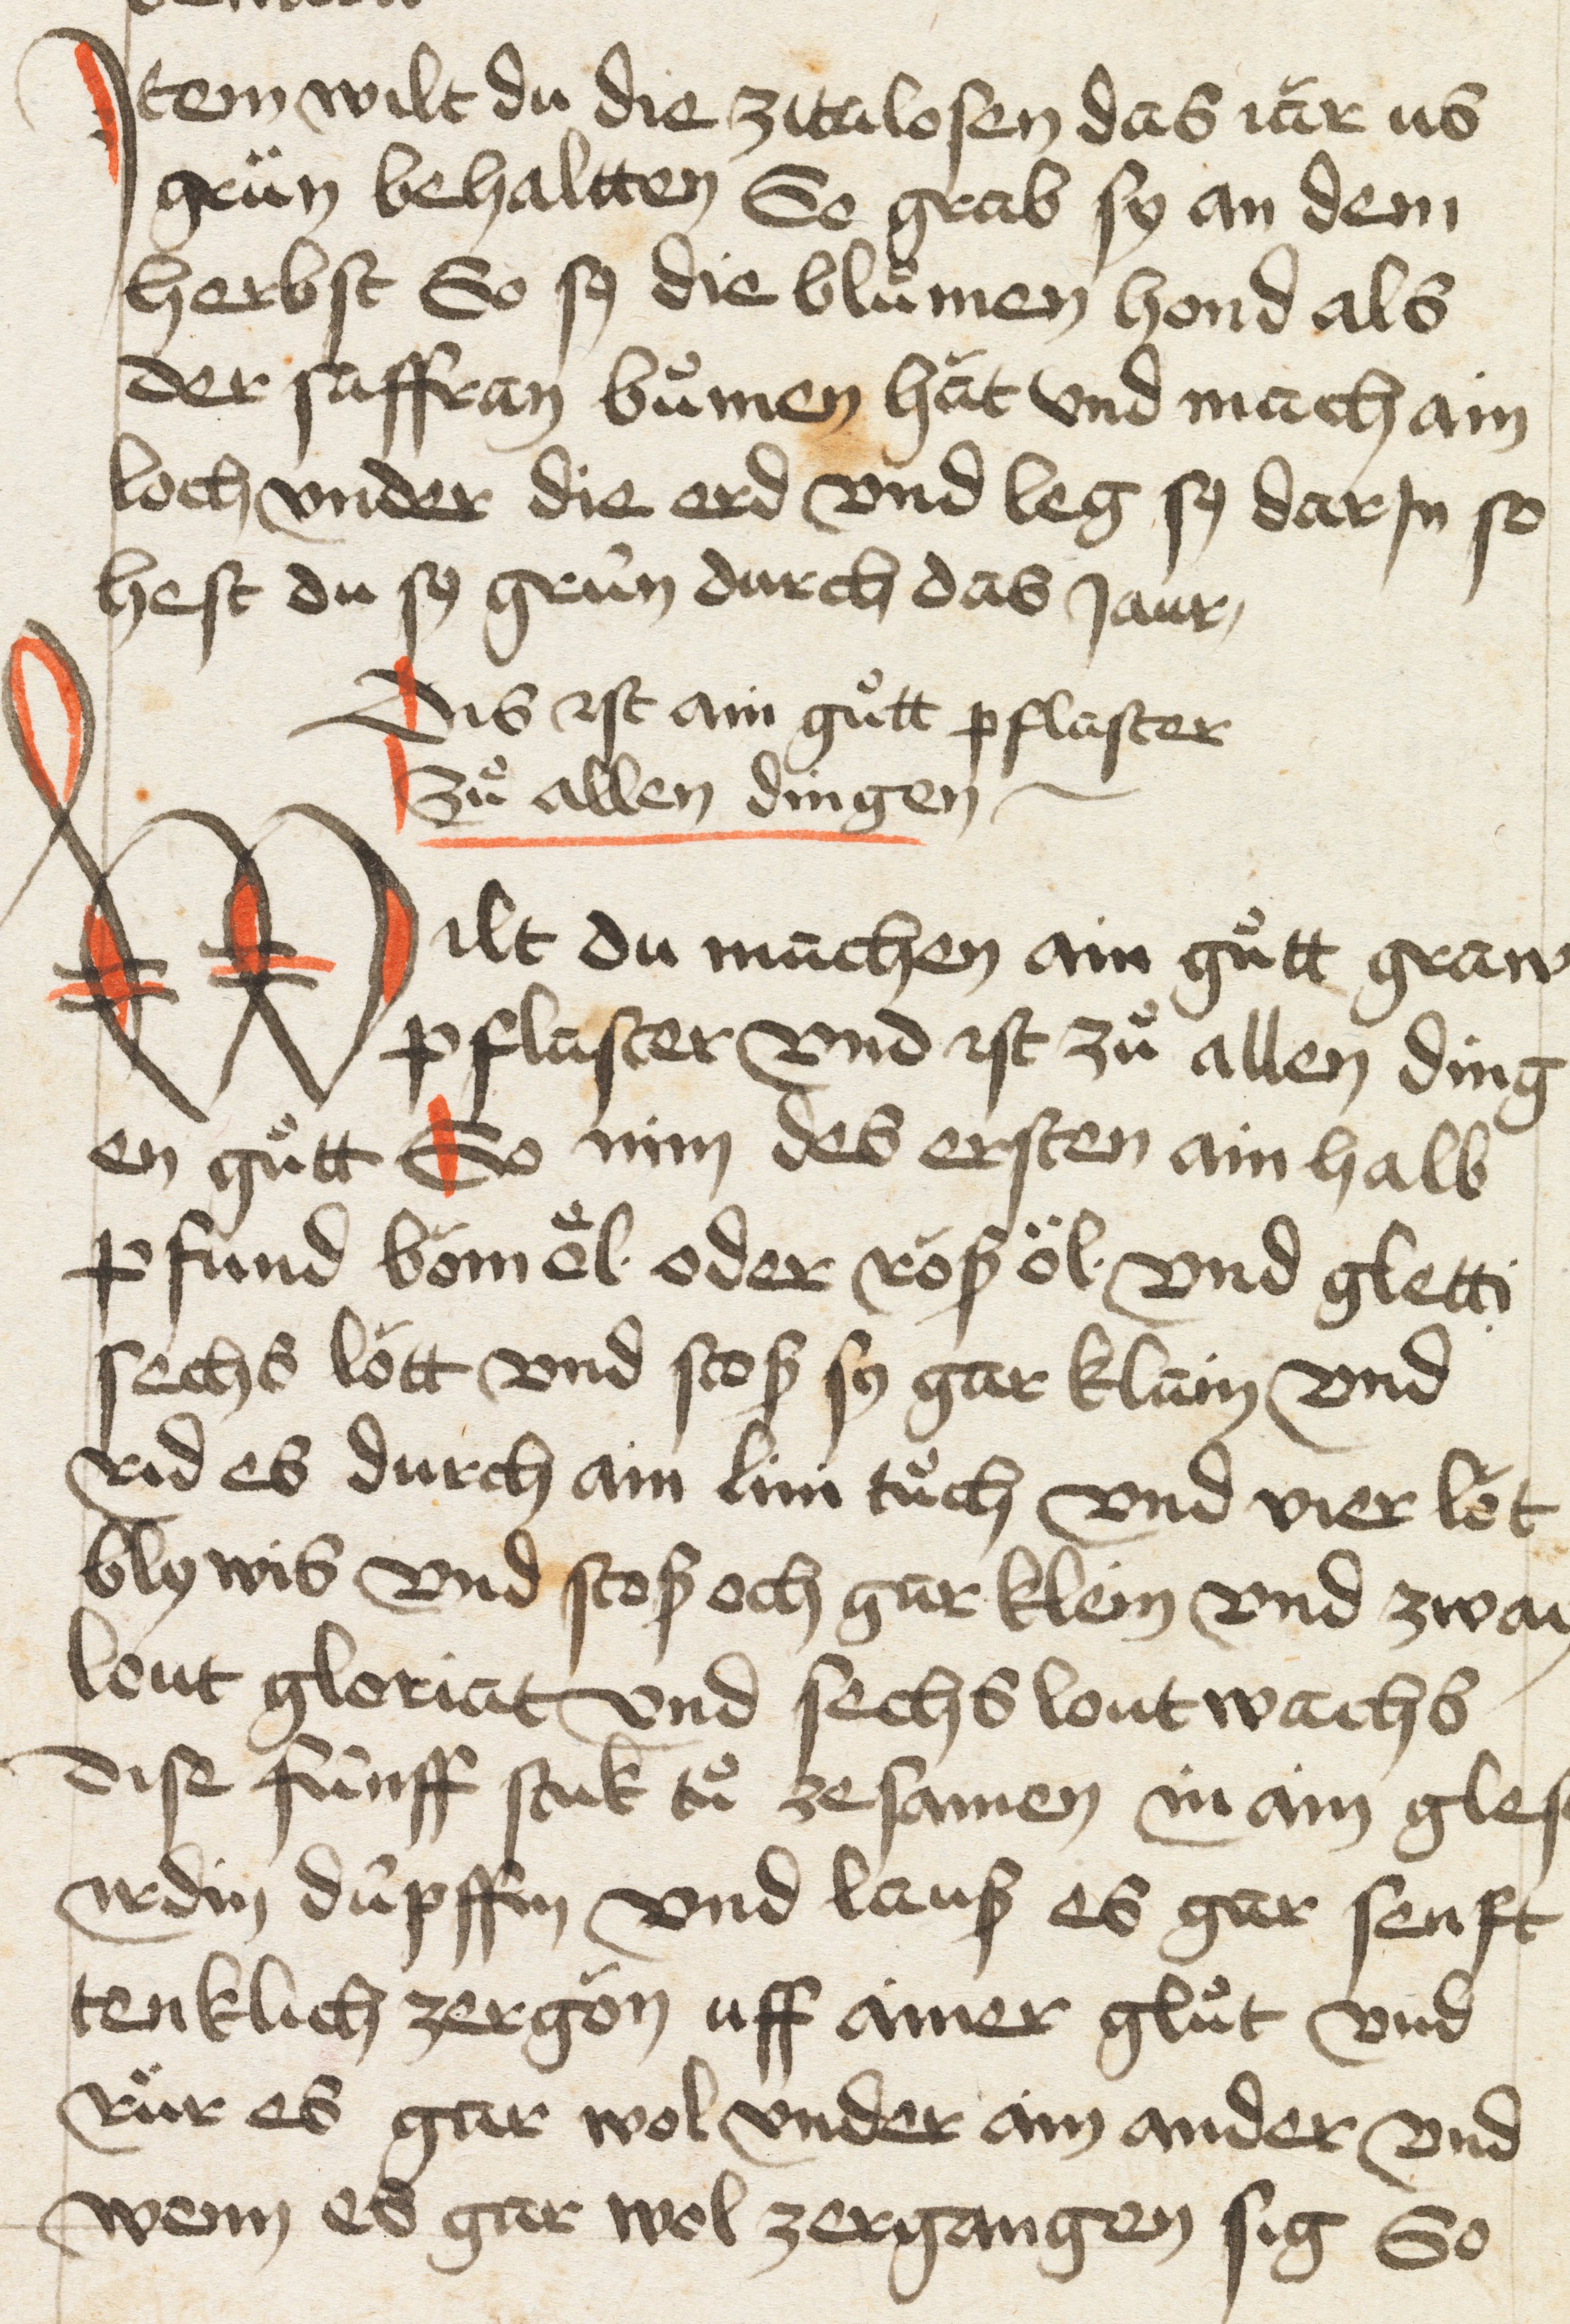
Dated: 1400–1499